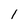
Character: l